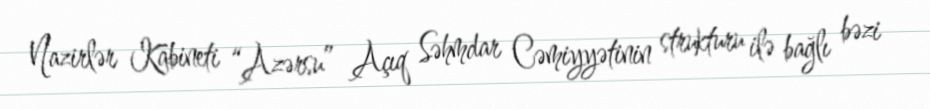
Nazirlər Kabineti “Azərsu” Açıq Səhmdar Cəmiyyətinin strukturu ilə bağlı bəzi